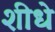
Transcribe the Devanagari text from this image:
शीधे